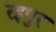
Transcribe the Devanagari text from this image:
रइपुर